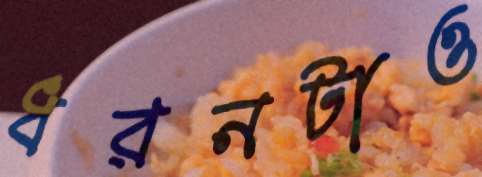
ধরনটাও